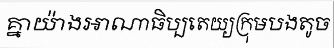
គ្នាយ៉ាងអាណាធិប្បតេយ្យក្រុមបងតូច